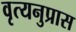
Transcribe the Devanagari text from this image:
वृत्यनुप्रास